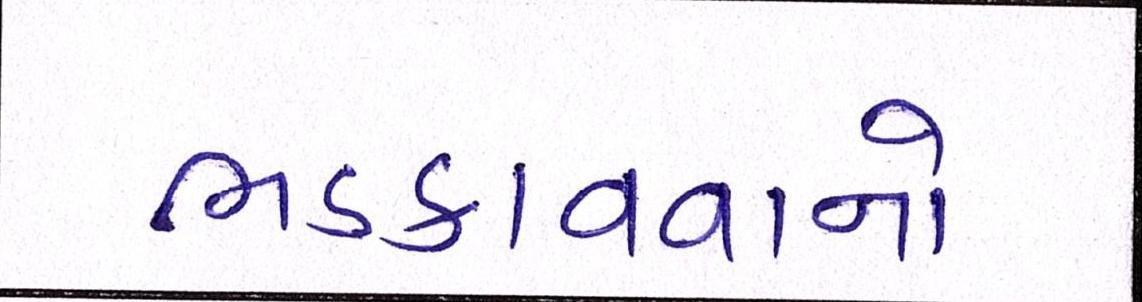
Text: ભડકાવવાનો